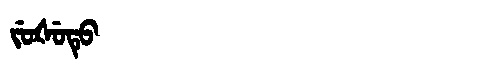
Manchu: ᠵᡠᡧᡠᡨᡠ
Romanization: JUŠUTU